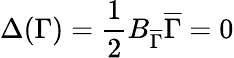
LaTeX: \Delta(\Gamma)={\frac{1}{2}}B_{\overline{{\Gamma}}}\overline{{\Gamma}}=0